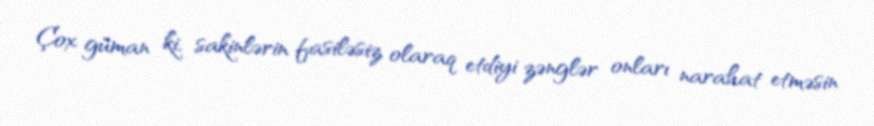
Çox güman ki, sakinlərin fasiləsiz olaraq etdiyi zənglər onları narahat etməsin